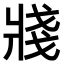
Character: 𤖆